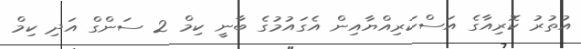
އުތުރު ކޮރިއާގެ އަސްކަރިއްޔާއިން އެގައުމުގެ ބާނީ ކިމް 2 ސަންގް އަދި ކިމް